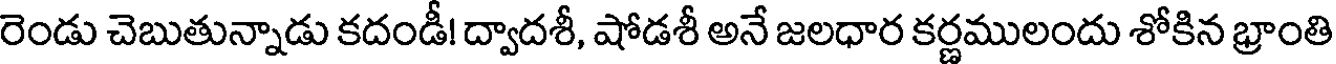
రెండు చెబుతున్నాడు కదండీ! ద్వాదశీ, షోడశీ అనే జలధార కర్ణములందు శోకిన భ్రాంతి